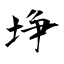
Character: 埩